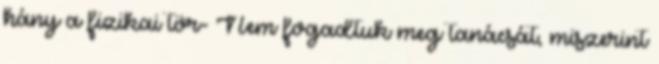
hány a fizikai tör- Nem fogadtuk meg tanácsát, miszerint